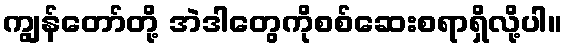
ကျွန်တော်တို့ အဲဒါတွေကိုစစ်ဆေးစရာရှိလို့ပါ။